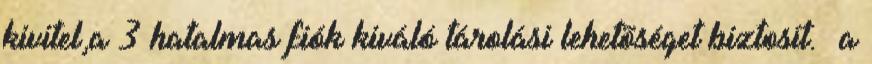
kivitel,a 3 hatalmas fiók kiváló tárolási lehetõséget biztosít. a